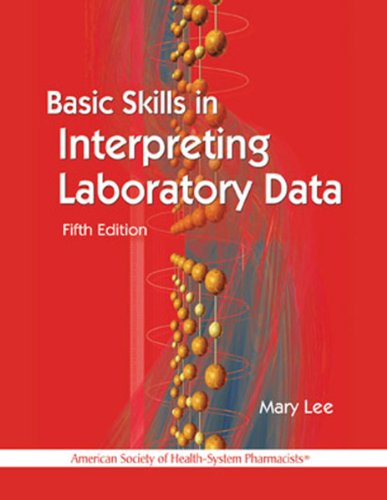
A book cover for Basic Skills in Interpreting Laboratory Data; Medical Books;